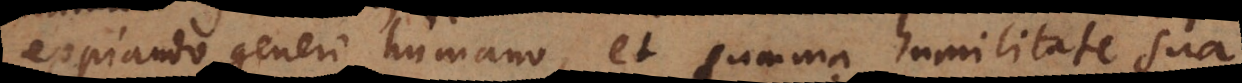
expiando generi humano, et summa humilitate s